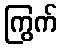
ကြွက်